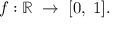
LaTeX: \; f : \mathbb { R } \; \rightarrow \; [ 0 , \; 1 ] .